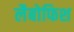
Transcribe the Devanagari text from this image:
लैबोफिश